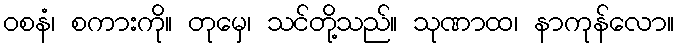
ဝစနံ၊ စကားကို။ တုမှေ၊ သင်တို့သည်။ သုဏာထ၊ နာကုန်လော။